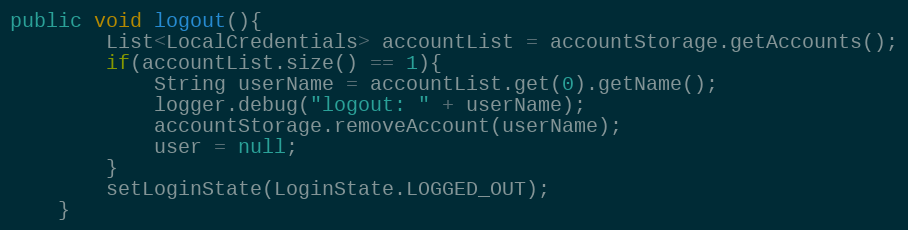
Language: Java
public void logout(){
        List<LocalCredentials> accountList = accountStorage.getAccounts();
        if(accountList.size() == 1){
            String userName = accountList.get(0).getName();
            logger.debug("logout: " + userName);
            accountStorage.removeAccount(userName);
            user = null;
        }
        setLoginState(LoginState.LOGGED_OUT);
    }